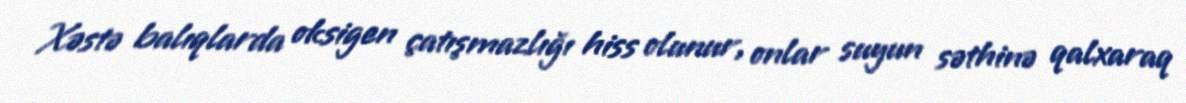
Xəstə balıqlarda oksigen çatışmazlığı hiss olunur, onlar suyun səthinə qalxaraq